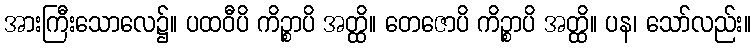
အားကြီးသောလေ၌။ ပထဝီပိ ကိဉ္စာပိ အတ္ထိ။ တေဇောပိ ကိဉ္စာပိ အတ္ထိ။ ပန၊ သော်လည်း။